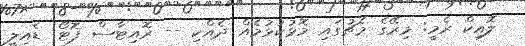
ލޮއިކް ރެމީ: މިރޭގެ މެޗުގައި މޮޅުކުޅުމެއް ދެއްކި -- ރޮއިޓާސް ފޮޓޯ: ޑެއިލީ